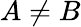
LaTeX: A\neq B